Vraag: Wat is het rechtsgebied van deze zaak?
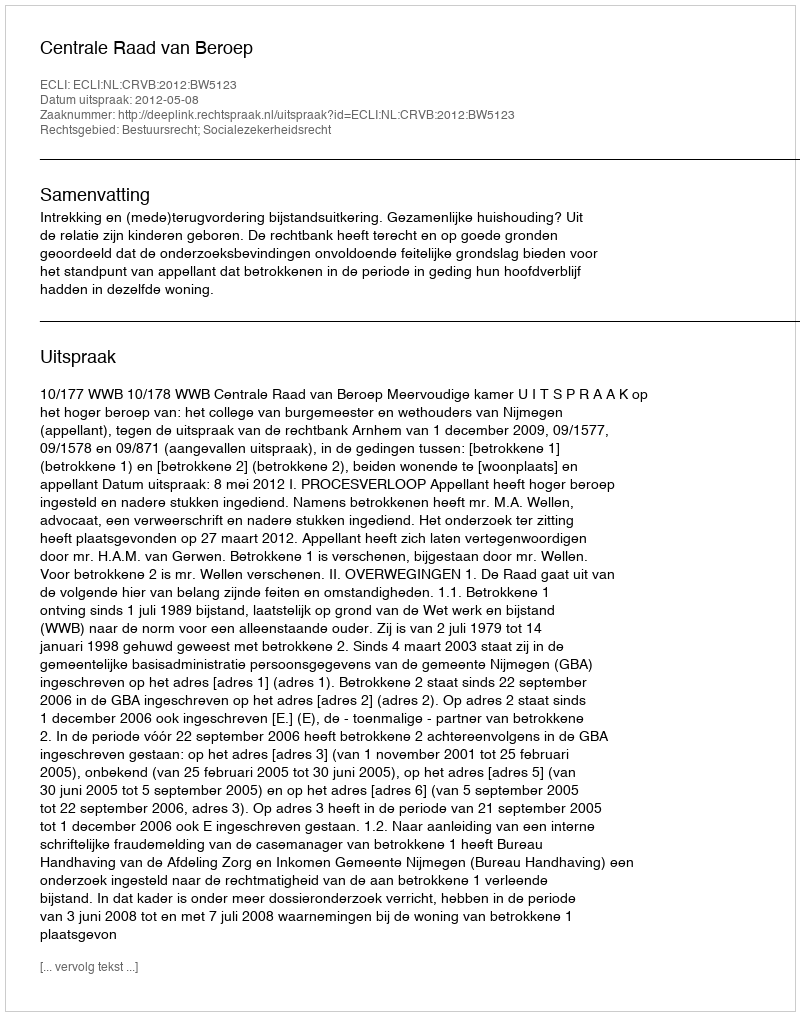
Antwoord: Bestuursrecht; Socialezekerheidsrecht